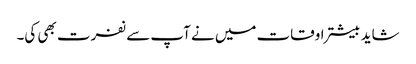
شاید بیشتر اوقات میں نے آپ سے نفرت بھی کی۔